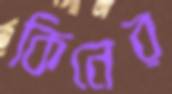
কিনের